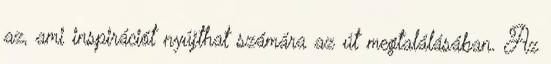
az, ami inspirációt nyújthat számára az út megtalálásában. Az